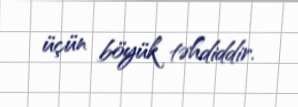
üçün böyük təhdiddir.